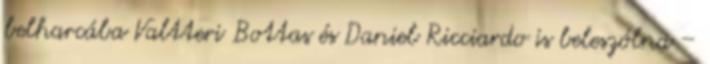
belharcába Valtteri Bottas és Daniel Ricciardo is beleszólna –